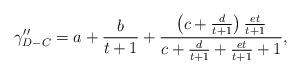
LaTeX: \begin{align*}\gamma _{D - C}^{\prime \prime } = a + \frac{b}{{t + 1}} + \frac{{\left( {c + \frac{d}{{t + 1}}} \right)\frac{{et}}{{t + 1}}}}{{c + \frac{d}{{t + 1}} + \frac{{et}}{{t + 1}} + 1}},\end{align*}